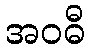
အဝဓီ